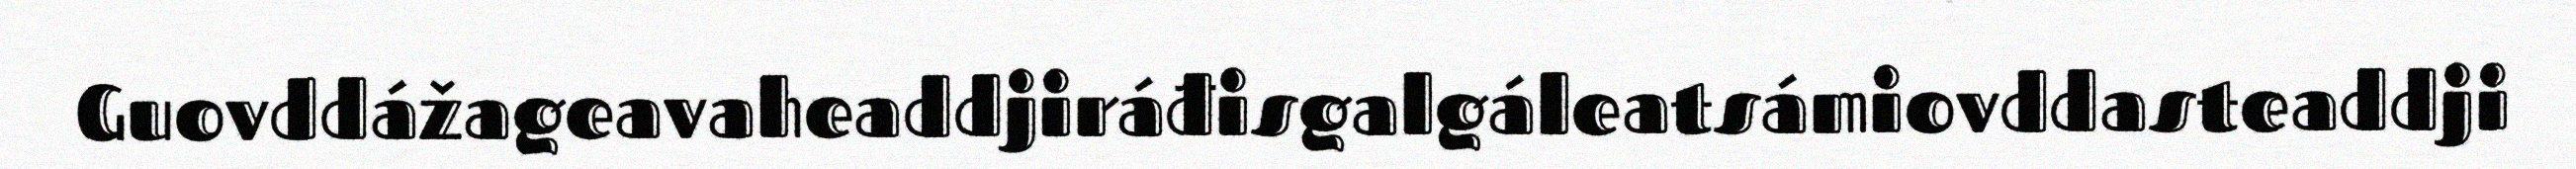
Guovddážageavaheaddjiráđisgalgáleatsámiovddasteaddji